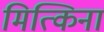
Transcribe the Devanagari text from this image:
मित्किना